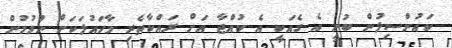
ކައުންސިލުން ބުނީ އެ ގެއަކީ އެ ކުއްޖާ އަށް ރައްކާތެރި މާހައުލަކަށް ނުވުމުން